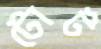
টোট